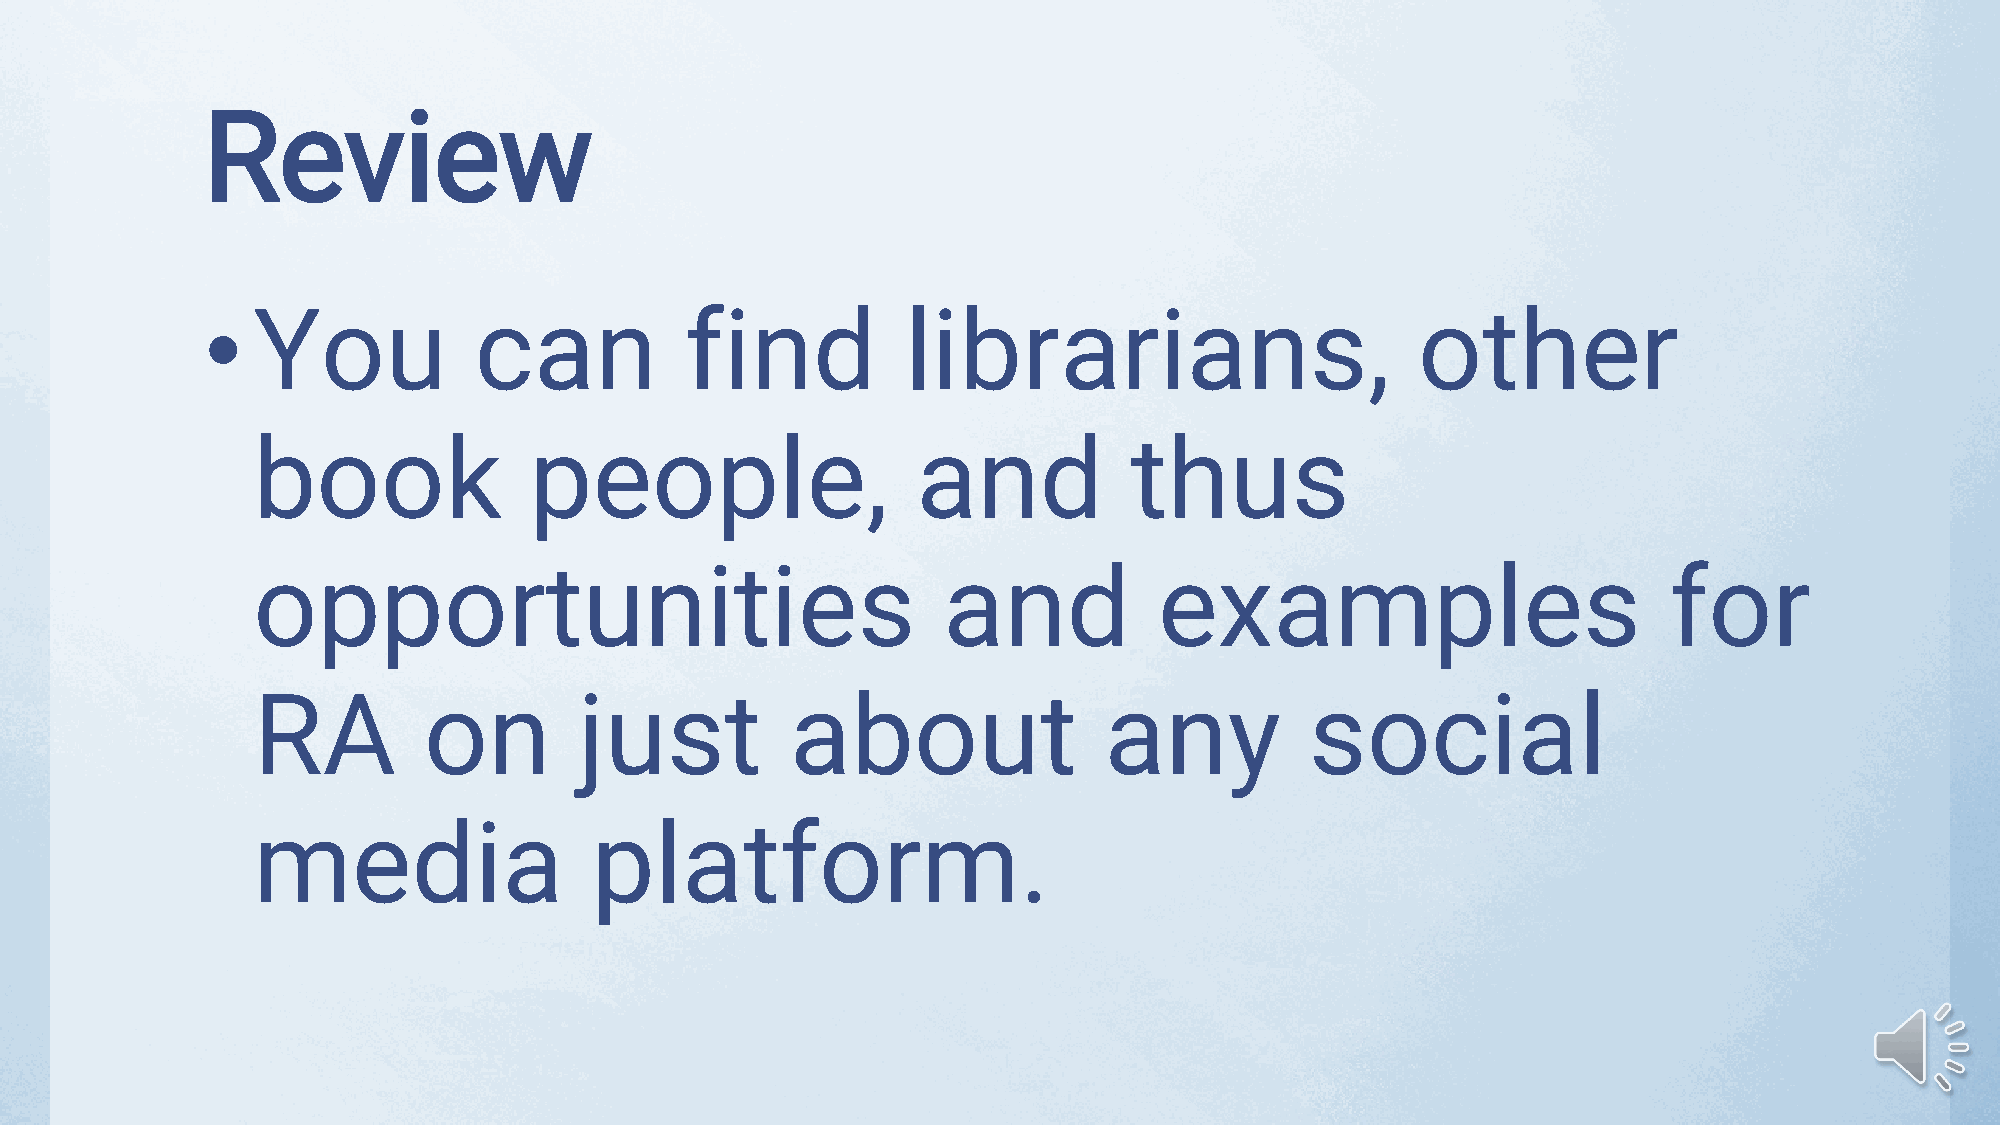
Review
 •   You           can           find           librarians,                       other
 book              people,                   and           thus
 opportunities                                and            examples                         for
 RA         on        just          about                any           social
 media                 platform.